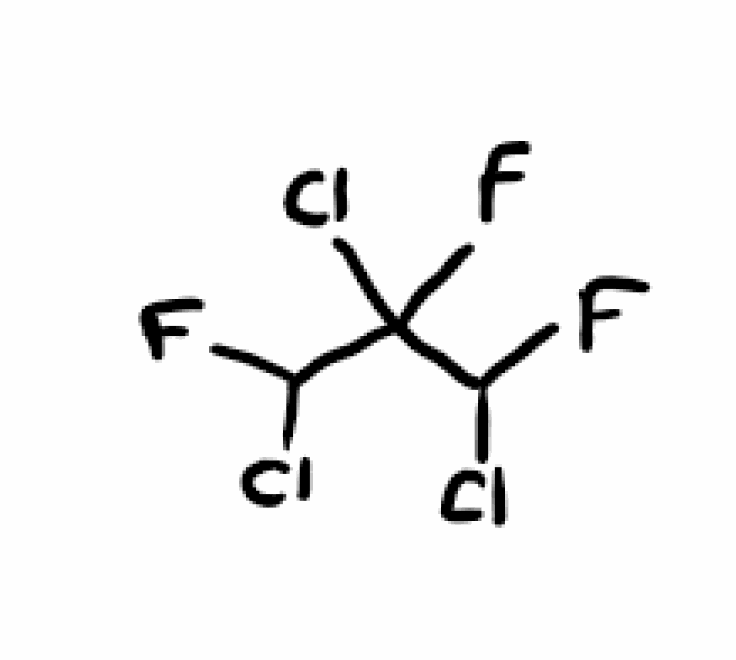
Simplified molecular-input line-entry system (SMILES) notation of the given molecule:
C(C(C(F)Cl)(F)Cl)(F)Cl